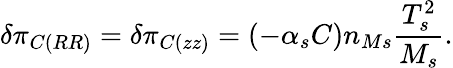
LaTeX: \delta\pi_{C\left(RR\right)}=\delta\pi_{C\left(zz\right)}=\left(-\alpha_{s}C\right)n_{Ms}\frac{T_{s}^{2}}{M_{s}}.